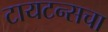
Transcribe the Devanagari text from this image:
टायटन्सचा